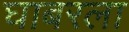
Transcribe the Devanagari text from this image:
घाबरला